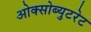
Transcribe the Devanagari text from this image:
ओक्सोब्युटरेट